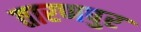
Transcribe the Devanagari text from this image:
तारणपुर